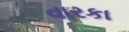
વારકા